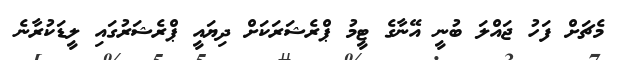
މެޗަށް ފަހު ޖައްލަ ބުނީ އޭނާގެ ޓީމު ޕްރެޝަރަކަށް ދިޔައީ ޕްރެޝަރުގައި ލީޑަކުރާނެ